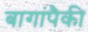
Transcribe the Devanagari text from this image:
बागांपैकी